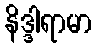
နိဒ္ဒါရာမာ